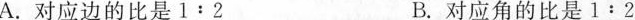
A. 对应边的比是$$1 : 2$$ B. 对应角的比是$$1 : 2$$